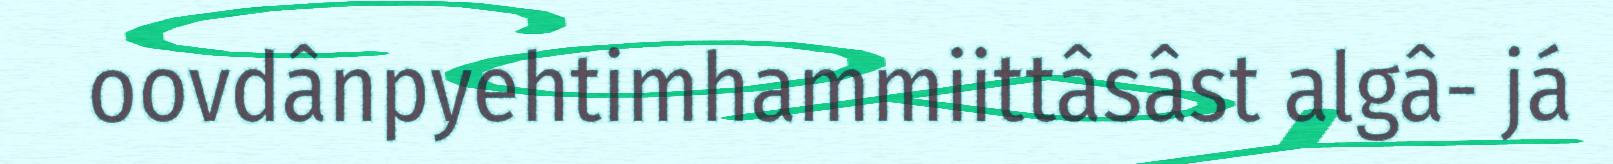
oovdânpyehtimhammiittâsâst algâ- já